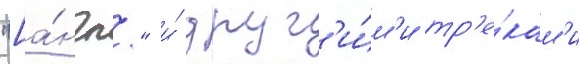
"[а́нгл." и́ друг'и́м'и тр'е́кам'и